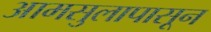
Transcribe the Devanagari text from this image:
आमसुलापासून